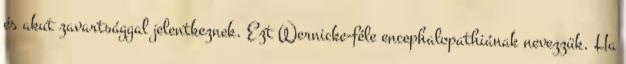
és akut zavartsággal jelentkeznek. Ezt Wernicke-féle encephalopathiának nevezzük. Ha